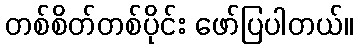
တစ်စိတ်တစ်ပိုင်း ဖော်ပြပါတယ်။